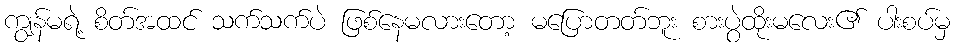
ကျွန်မရဲ့ စိတ်အထင် သက်သက်ပဲ ဖြစ်နေမလားတော့ မပြောတတ်ဘူး စားပွဲထိုးမလေး၏ ပါးစပ်မှ